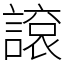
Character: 䜇